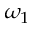
\omega _ { 1 }